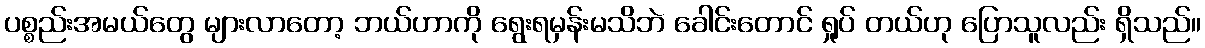
ပစ္စည်းအမယ်တွေ များလာတော့ ဘယ်ဟာကို ရွေးရမှန်းမသိဘဲ ခေါင်းတောင် ရှုပ် တယ်ဟု ပြောသူလည်း ရှိသည်။